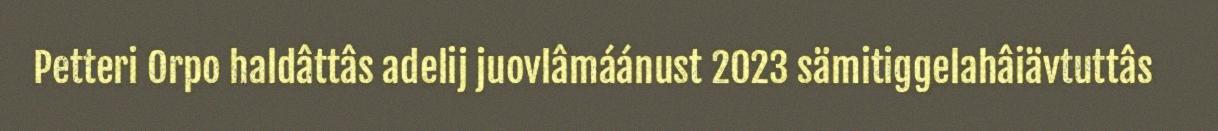
Petteri Orpo haldâttâs adelij juovlâmáánust 2023 sämitiggelahâiävtuttâs